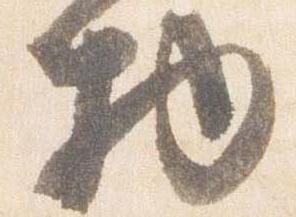
物